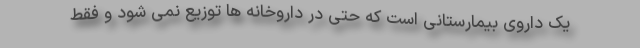
یک داروی بیمارستانی است که حتی در داروخانه ها توزیع نمی شود و فقط